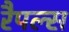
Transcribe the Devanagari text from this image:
रैपल्स